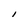
Character: l